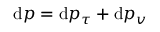
\mathrm { d } p = \mathrm { d } p _ { \tau } + \mathrm { d } p _ { v }